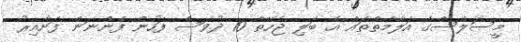
މީސަލްސްގެ އަލާމާތްތައް އެ ބަލި ޖެހޭތާ 10 ދުވަސް ފަހުން ފެންނަން ފަށާއިރު